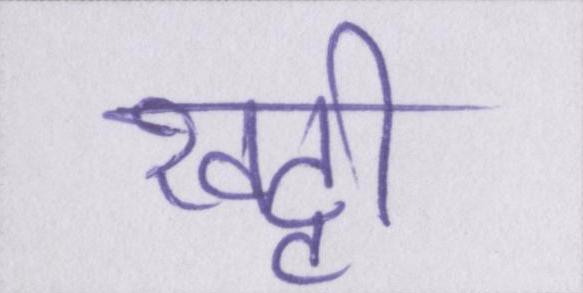
खट्टी